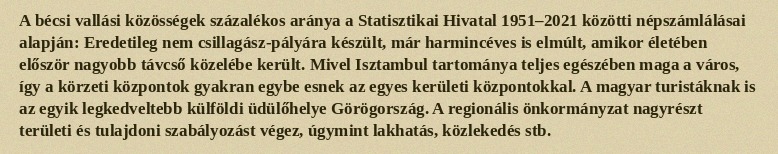
A bécsi vallási közösségek százalékos aránya a Statisztikai Hivatal 1951–2021 közötti népszámlálásai alapján: Eredetileg nem csillagász-pályára készült, már harmincéves is elmúlt, amikor életében először nagyobb távcső közelébe került. Mivel Isztambul tartománya teljes egészében maga a város, így a körzeti központok gyakran egybe esnek az egyes kerületi központokkal. A magyar turistáknak is az egyik legkedveltebb külföldi üdülőhelye Görögország. A regionális önkormányzat nagyrészt területi és tulajdoni szabályozást végez, úgymint lakhatás, közlekedés stb.